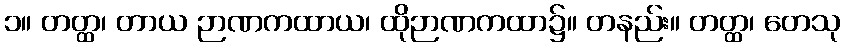
၁။ တတ္ထ၊ တာယ ဉာဏကထာယ၊ ထိုဉာဏကထာ၌။ တနည်း။ တတ္ထ၊ တေသု